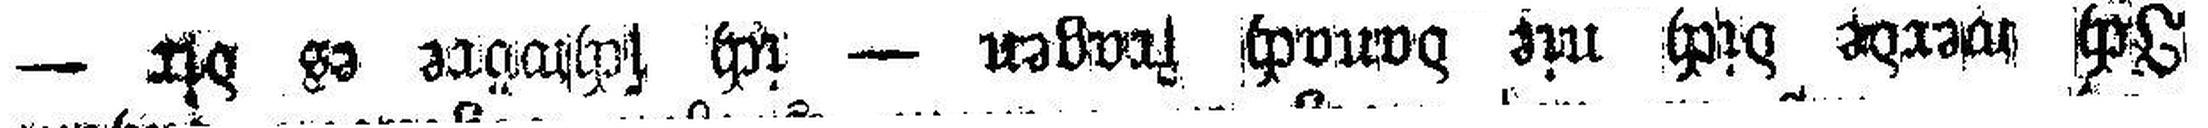
Ich werde dich nie danach fragen — ich schwöre es dir —